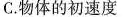
C.物体的初速度